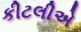
કીટલીએ